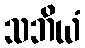
သဘိယံ